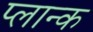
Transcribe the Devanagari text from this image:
प्लान्क